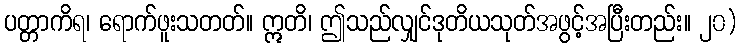
ပတ္တာကိရ၊ ရောက်ဖူးသတတ်။ ဣတိ၊ ဤသည်လျှင်ဒုတိယသုတ်အဖွင့်အပြီးတည်း။ ၂၀)